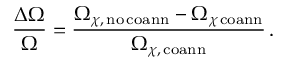
\frac { \Delta \Omega } { \Omega } = \frac { \Omega _ { \chi , \, \mathrm { { n o \, c o a n n } } } - \Omega _ { \chi \, \mathrm { { c o a n n } } } } { \Omega _ { \chi , \, \mathrm { { c o a n n } } } } \, .